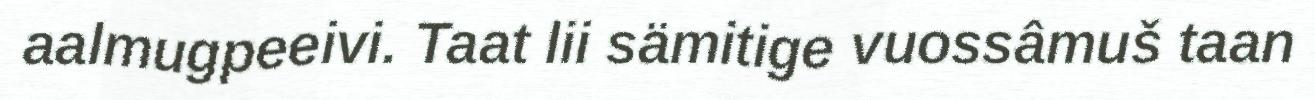
aalmugpeeivi. Taat lii sämitige vuossâmuš taan